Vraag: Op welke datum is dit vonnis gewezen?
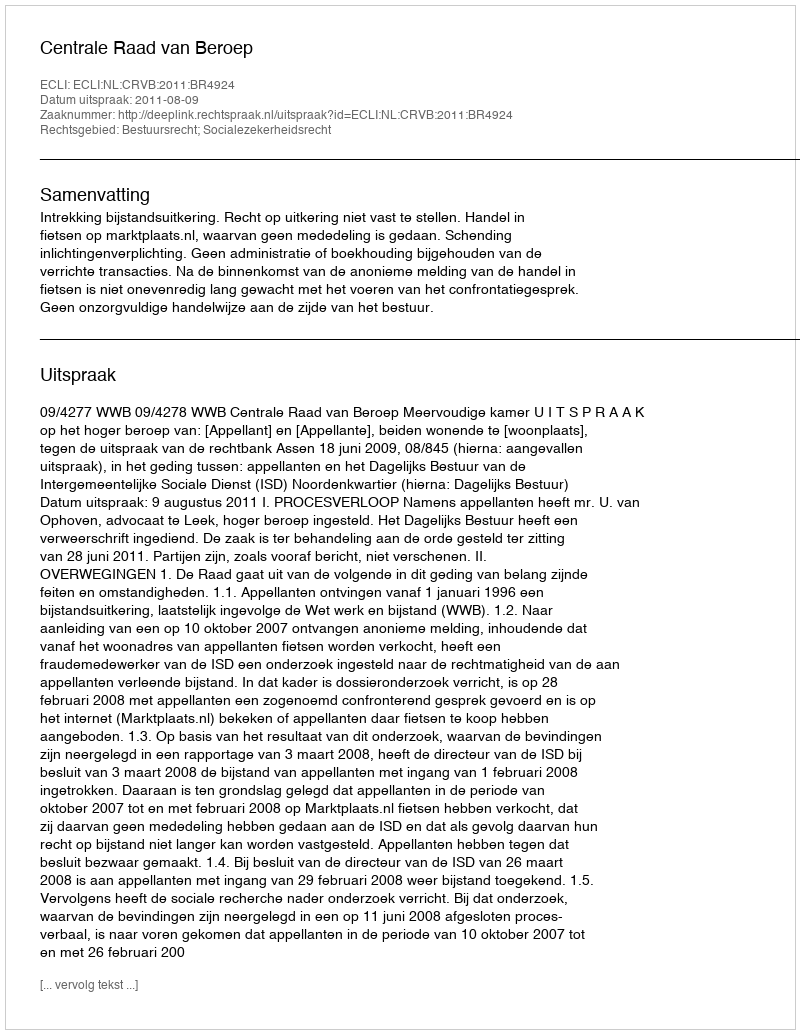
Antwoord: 2011-08-09